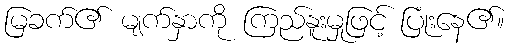
မြခက်၏ မျက်နှာကို ကြည်နူးမှုဖြင့် ပြုံးနေ၏။